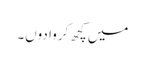
میں کچھ کروا دوں۔